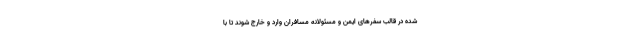
شده در قالب سفرهای ایمن و مسئولانه مسافران وارد و خارج شوند تا با